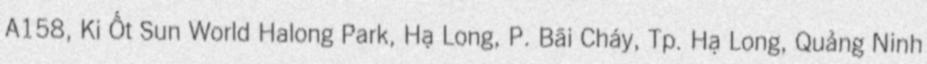
A158, Ki Ốt Sun World Halong Park, Hạ Long, P. Bãi Cháy, Tp. Hạ Long, Quảng Ninh